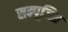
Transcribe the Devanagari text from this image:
सम्पूजित